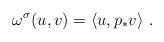
LaTeX: \begin{align*}\omega^\sigma(u,v) = \langle u,p_*v \rangle~.\end{align*}